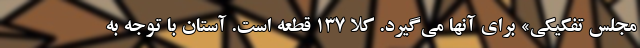
مجلس تفکیکی» برای آنها می‌گیرد. کلا ۱۳۷ قطعه است. آستان با توجه به